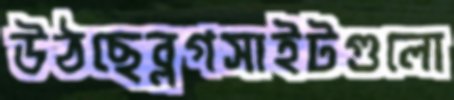
উঠছেব্লগসাইটগুলো